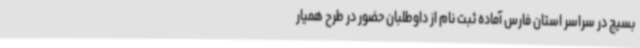
بسیج در سراسر استان فارس آماده ثبت نام از داوطلبان حضور در طرح همیار